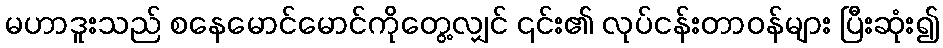
မဟာဒူးသည် စနေမောင်မောင်ကိုတွေ့လျှင် ၎င်း၏ လုပ်ငန်းတာဝန်များ ပြီးဆုံး၍